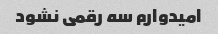
امیدوارم سه رقمی نشود